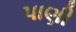
પાણી